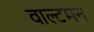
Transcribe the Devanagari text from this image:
वाल्टमन